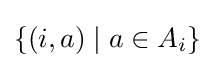
\{(i,a)\mid a\in A_{i}\}